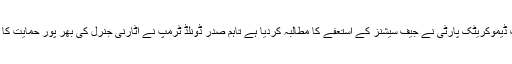
دوسری طرف ڈیموکریٹک پارٹی نے جیف سیشنز کے استعفے کا مطالبہ کردیا ہے تاہم صدر ڈونلڈ ٹرمپ نے اٹارنی جنرل کی بھر پور حمایت کا اعلان کیا ہے۔